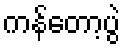
ကန်တော့ပွဲ